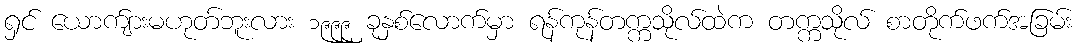
ရှင် ယောက်ျားမဟုတ်ဘူးလား ၁၉၉၉ ခုနှစ်လောက်မှာ ရန်ကုန်တက္ကသိုလ်ထဲက တက္ကသိုလ် စာတိုက်ဖက်အခြမ်း